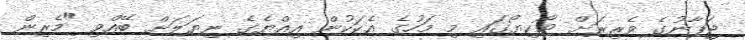
ޖަޕާނުގެ ވެރިރަށް ޓޯކިޔޯގައި މި މަހުގެ އެކަކުން އިއްޔެގެ ނިޔަލަށް ބޭއްވި "މެރިން